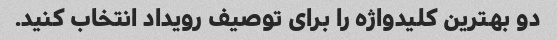
دو بهترین کلیدواژه را برای توصیف رویداد انتخاب کنید.